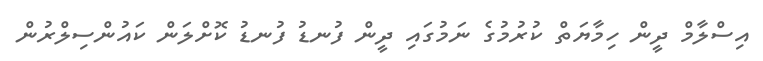
އިސްލާމް ދީން ހިމާޔަތް ކުރުމުގެ ނަމުގައި ދީން ފުނޑު ފުނޑު ކޮށްލަން ކައުންސިލްރުން